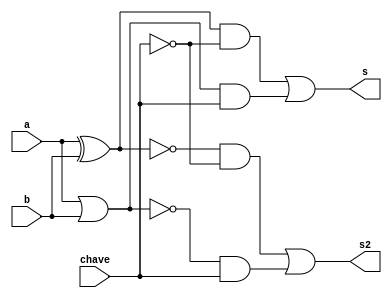
// -------------------------
// Exemplo0034 - F4
// Nome: Rafael Guimares de Sousa
// -------------------------
// -------------------------
// f4_gate
// -------------------------
module f4 (output s, output s2, input a,input b, input chave);

wire temp1, temp2, temp3, temp4, temp5, temp6, temp7, temp8;

xor XOR1 (temp1, a, b);
xnor XNOR1 (temp2, a, b);
or OR1 (temp3, a, b);
nor NOR1 (temp4, a, b);

not NOT1 (nchave, chave);

and AND2 (temp5, temp1, nchave);
and AND3 (temp6, temp2, nchave);
and AND4 (temp7, temp3, chave);
and AND5 (temp8, temp4, chave);

or OR2 (s, temp5, temp7);
or OR3 (s2, temp6, temp8);

endmodule // f4

module test_f4;
// ------------------------- definir dados
reg x;
reg y;
reg chave;
wire z, z2;

f4 modulo (z, z2, x, y, chave);
// ------------------------- parte principal
initial begin

$display("Exemplo0034 - Rafael Guimares de Sousa - 451607");
$display("Test LU's module");

x = 'b0; y = 'b0; chave=0;

$display("Legenda: 0 - AND/OR \t 1 - NAND/NOR", chave);
$monitor("Chave: (%b) \t %b %b \t AND/NAND:%b \t OR/NOR:%b", chave, x, y, z, z2);

#1 x=0;y=1;
#1 x=1;y=0;
#1 x=1;y=1;
#1 chave=1;x=0;y=0;
#1 x=0;y=1;
#1 x=1;y=0;
#1 x=1;y=1;

end
endmodule